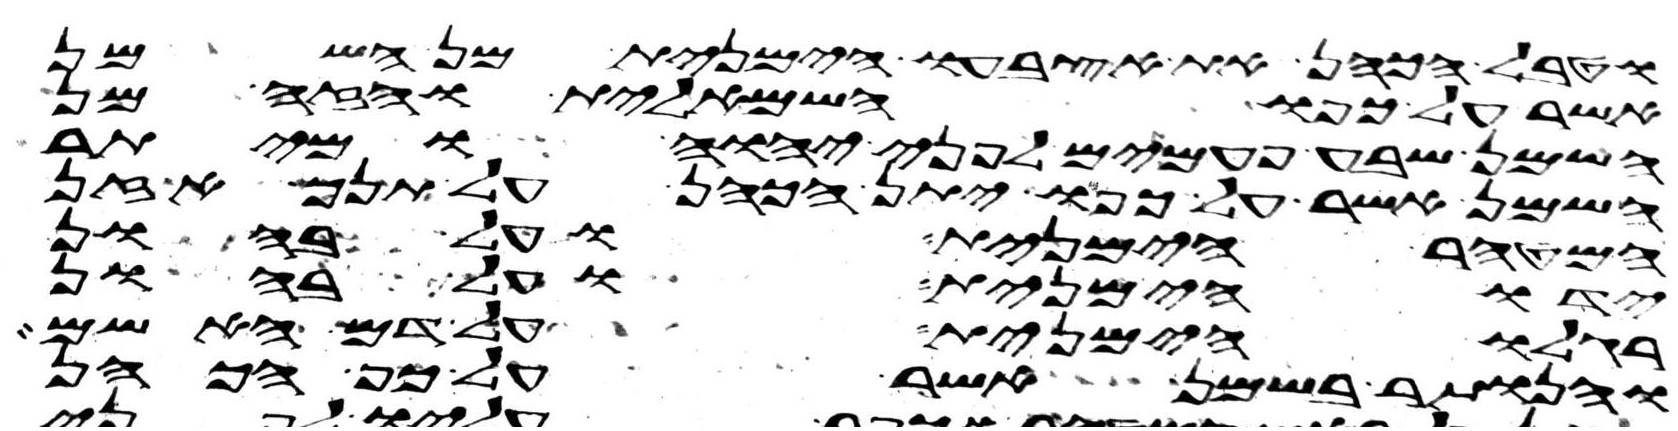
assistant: וטבל הכהן את אצבעו הימנית מן השמן
אשר על כפו השמאלית והזה מן
השמן שבע פעמים לפני יהוה ומיתר
השמן אשר על כפו יתן הכהן על תנך אזן
המטהר הימנית ועל בהון
ידו הימנית ועל בהון
רגלו הימנית על דם האשם
והנותר בשמן אשר על כף הכהן